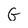
Character: G